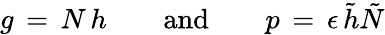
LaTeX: g\, =\, N\, h\qquad\mathrm{and}\qquad p\, =\, \epsilon\, \tilde{h}\tilde{N}